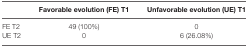
<table><thead><tr><td></td><td><b>Favorable evolution (FE) T1</b></td><td><b>Unfavorable evolution (UE) T1</b></td></tr></thead><tbody><tr><td>FE T2</td><td>49 (100%)</td><td>0</td></tr><tr><td>UE T2</td><td>0</td><td>6 (26.08%)</td></tr></tbody></table>